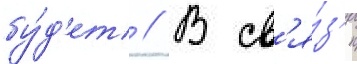
бу́д'ет // В св'я́з'и